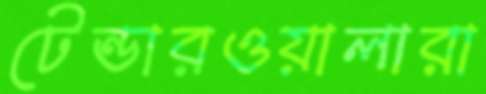
টেন্ডারওয়ালারা